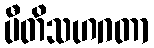
ပီတိသဟဂတာ